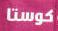
كوستا